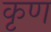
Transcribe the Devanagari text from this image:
कृण